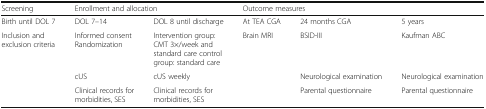
<table><thead><tr><td><b>Screening</b></td><td colspan="2"><b>Enrollment and allocation</b></td><td colspan="3"><b>Outcome measures</b></td></tr></thead><tbody><tr><td>Birth until DOL 7</td><td>DOL 7–14</td><td>DOL 8 until discharge</td><td>At TEA CGA</td><td>24 months CGA</td><td>5 years</td></tr><tr><td rowspan="3">Inclusion and exclusion criteria</td><td>Informed consentRandomization</td><td>Intervention group: CMT 3×/week and standard care control group: standard care</td><td>Brain MRI</td><td>BSID-III</td><td>Kaufman ABC</td></tr><tr><td>cUS</td><td>cUS weekly</td><td></td><td>Neurological examination</td><td>Neurological examination</td></tr><tr><td>Clinical records for morbidities, SES</td><td>Clinical records for morbidities, SES</td><td></td><td>Parental questionnaire</td><td>Parental questionnaire</td></tr></tbody></table>